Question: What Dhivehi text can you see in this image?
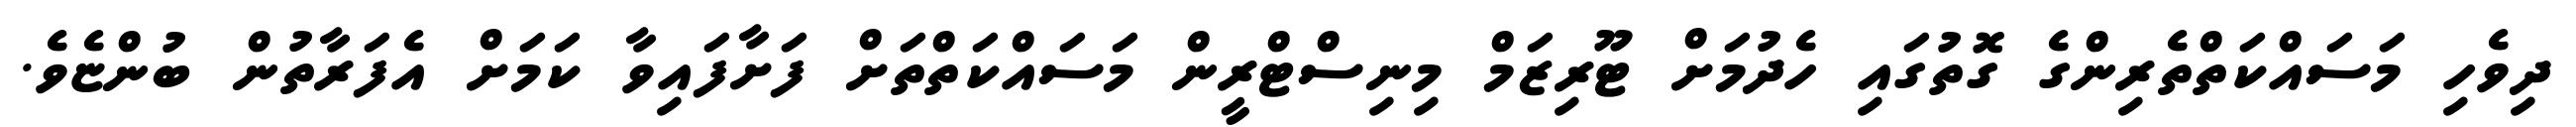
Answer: ދިވެހި މަސައްކަތްތެރިންގެ ގޮތުގައި ހެދުމަށް ޓޫރިޒަމް މިނިސްޓްރީން މަސައްކަތްތަށް ފަށާފައިވާ ކަމަށް އެފަރާތުން ބުންޏެވެ.